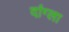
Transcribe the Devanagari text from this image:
दांग्ला